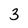
Character: 3